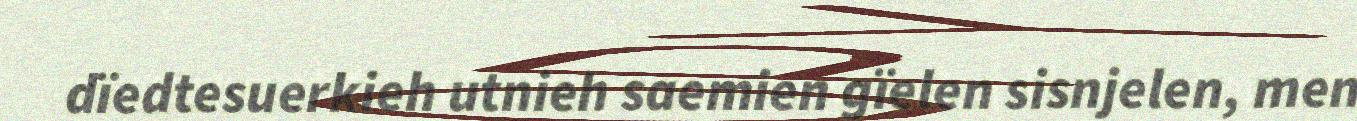
dïedtesuerkieh utnieh saemien gïelen sisnjelen, men